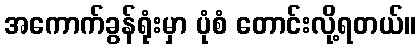
အကောက်ခွန်ရုံးမှာ ပုံစံ တောင်းလို့ရတယ်။